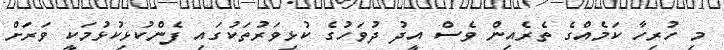
މި ހުރިހާ ކަމެއްގެ ތެރެއިން ވެސް އީދު ދުވަހުގެ ކުޅިވަރުތަކުގައި ފެންކުޅިކުޅުމަކީ ވަރަށް